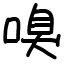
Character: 嗅